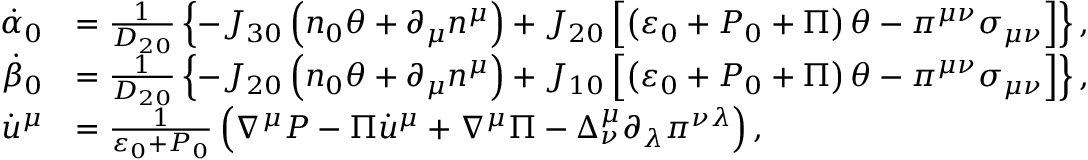
\begin{array} { r l } { \dot { \alpha } _ { 0 } } & { = \frac { 1 } { D _ { 2 0 } } \left\{ - J _ { 3 0 } \left( n _ { 0 } \theta + \partial _ { \mu } n ^ { \mu } \right) + J _ { 2 0 } \left[ \left( \varepsilon _ { 0 } + P _ { 0 } + \Pi \right) \theta - \pi ^ { \mu \nu } \sigma _ { \mu \nu } \right] \right\} , } \\ { \dot { \beta } _ { 0 } } & { = \frac { 1 } { D _ { 2 0 } } \left\{ - J _ { 2 0 } \left( n _ { 0 } \theta + \partial _ { \mu } n ^ { \mu } \right) + J _ { 1 0 } \left[ \left( \varepsilon _ { 0 } + P _ { 0 } + \Pi \right) \theta - \pi ^ { \mu \nu } \sigma _ { \mu \nu } \right] \right\} , } \\ { \dot { u } ^ { \mu } } & { = \frac { 1 } { \varepsilon _ { 0 } + P _ { 0 } } \left( \nabla ^ { \mu } P - \Pi \dot { u } ^ { \mu } + \nabla ^ { \mu } \Pi - \Delta _ { \nu } ^ { \mu } \partial _ { \lambda } \pi ^ { \nu \lambda } \right) , } \end{array}